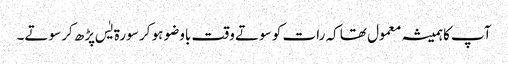
آپ کاہمیشہ معمول تھا کہ رات کو سوتے وقت باوضو ہو کر سورۃ یٰس پڑھ کر سوتے۔